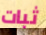
ثبات